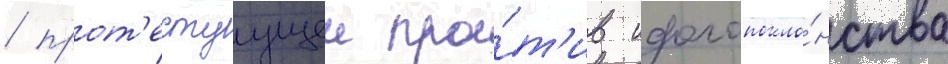
/ прот'естуущеи про́т'ив идолопокло́нства